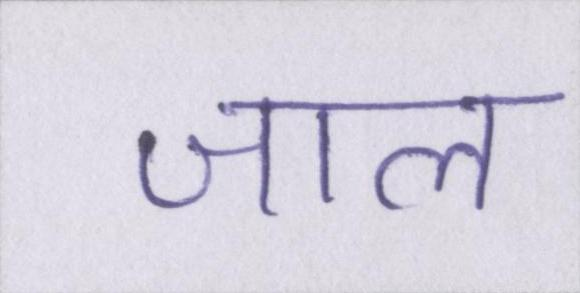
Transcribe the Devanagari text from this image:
जाल